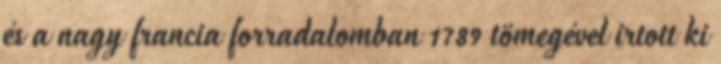
és a nagy francia forradalomban 1789 tömegével irtott ki